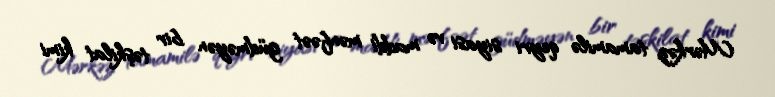
Mərkəz tamamilə qeyri siyasi və maddi mənfəət güdməyən bir təşkilat kimi